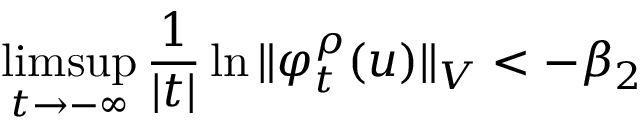
\operatorname* { l i m s u p } _ { t \to - \infty } \frac { 1 } { | t | } \ln \Vert \varphi _ { t } ^ { \rho } ( u ) \Vert _ { V } < - \beta _ { 2 }